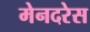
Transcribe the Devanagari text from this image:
मेनदरेस